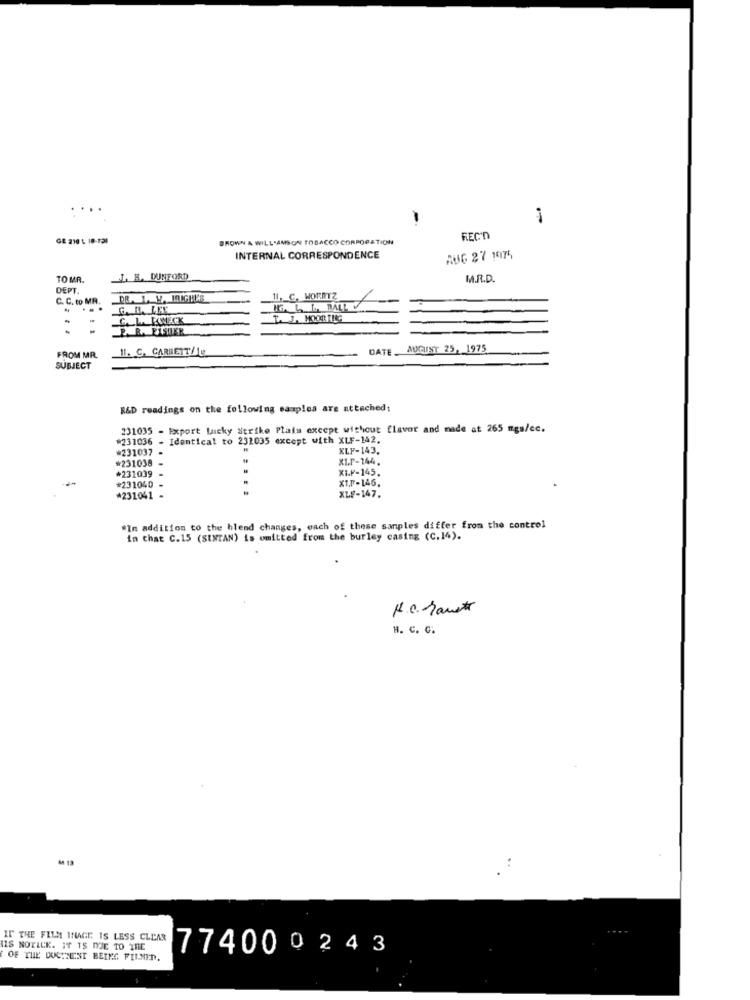
....
GE 210 t. 10-131
BROWN & WILLIAMSON TOBACCO CORPORATION
INTERNAL CORRESPONDENCE
RUG 27 1974
TO MR.
L. R. DUNFORD
M.R.D.
DEPT
C. C. to MR.
11. C. WORRYZ
...
C. L. KNECK
L. J. MOOR ING
P. R. FISHER
11. C. CARRETT/1g
DATE AUGUST 25, 1975
FROM MR.
SUBJECT
R&D readings on the following samples are attached:
231035 - Export Lucky Strike Plais except without flavor and made at 265 mgs/ce.
#231036 - Identical to 231035 except with XLF-142.
#231037
KLF-143.
#231038
XL.P-144.
XI.F-145.
*231039 -
XT.F-146.
#231040
....
#231041 -
XL2-147.
*In addition to the blend changes, each of these samples differ from the control
in chat C.15 (SENTAN) is omitted from the burley casing (C.14).
H. C. G.
..
IF THE FILM INAGE IS LESS CLEAR
IS NOTICK. IT IS DUE TO THE
774000243
OF THE DUCTNENT BEING FILMED.